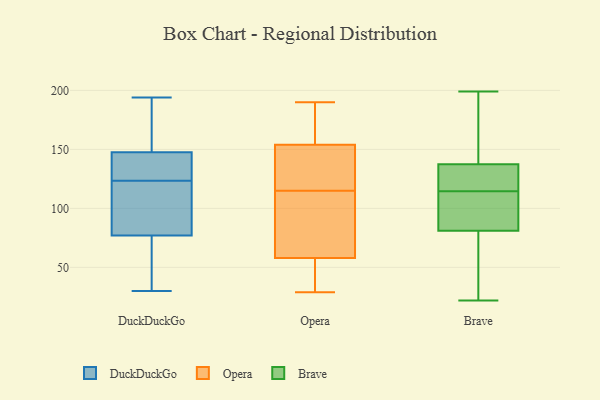
{"axis": {"x": "Customer Acquisition Cost (USD)", "y": "Value"}, "legend": ["Brave", "DuckDuckGo", "Opera"], "data": [{"x": "", "y": 30, "type": "DuckDuckGo"}, {"x": "", "y": 70, "type": "DuckDuckGo"}, {"x": "", "y": 126, "type": "DuckDuckGo"}, {"x": "", "y": 85, "type": "DuckDuckGo"}, {"x": "", "y": 129, "type": "DuckDuckGo"}, {"x": "", "y": 190, "type": "DuckDuckGo"}, {"x": "", "y": 45, "type": "DuckDuckGo"}, {"x": "", "y": 121, "type": "DuckDuckGo"}, {"x": "", "y": 150, "type": "DuckDuckGo"}, {"x": "", "y": 145, "type": "DuckDuckGo"}, {"x": "", "y": 194, "type": "DuckDuckGo"}, {"x": "", "y": 129, "type": "DuckDuckGo"}, {"x": "", "y": 116, "type": "DuckDuckGo"}, {"x": "", "y": 84, "type": "DuckDuckGo"}, {"x": "", "y": 185, "type": "DuckDuckGo"}, {"x": "", "y": 59, "type": "DuckDuckGo"}, {"x": "", "y": 76, "type": "Opera"}, {"x": "", "y": 190, "type": "Opera"}, {"x": "", "y": 154, "type": "Opera"}, {"x": "", "y": 187, "type": "Opera"}, {"x": "", "y": 141, "type": "Opera"}, {"x": "", "y": 92, "type": "Opera"}, {"x": "", "y": 138, "type": "Opera"}, {"x": "", "y": 29, "type": "Opera"}, {"x": "", "y": 41, "type": "Opera"}, {"x": "", "y": 58, "type": "Opera"}, {"x": "", "y": 109, "type": "Brave"}, {"x": "", "y": 22, "type": "Brave"}, {"x": "", "y": 114, "type": "Brave"}, {"x": "", "y": 39, "type": "Brave"}, {"x": "", "y": 159, "type": "Brave"}, {"x": "", "y": 199, "type": "Brave"}, {"x": "", "y": 146, "type": "Brave"}, {"x": "", "y": 115, "type": "Brave"}, {"x": "", "y": 129, "type": "Brave"}, {"x": "", "y": 102, "type": "Brave"}, {"x": "", "y": 60, "type": "Brave"}, {"x": "", "y": 118, "type": "Brave"}]}